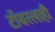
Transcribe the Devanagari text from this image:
टॉवरलाही